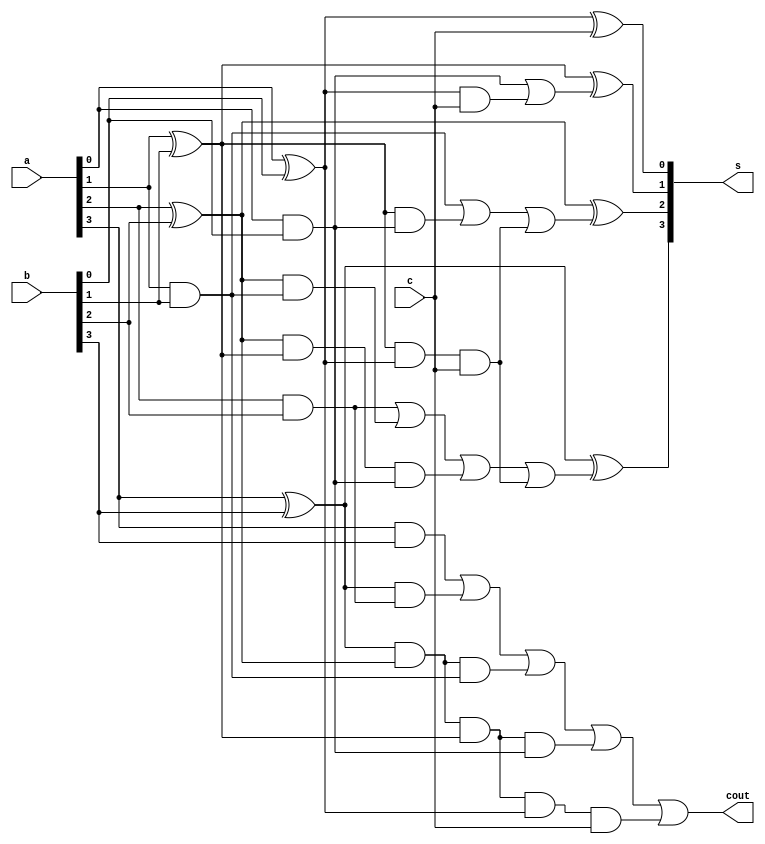
`timescale 1ns / 1ps
//////////////////////////////////////////////////////////////////////////////////
// Company: 
// Engineer: 
// 
// Design Name: 
// Module Name:    carrry_look_ahead 
// Project Name: 
// Target Devices: 
// Tool versions: 
// Description: 
//
// Dependencies: 
//
// Revision: 
// Revision 0.01 - File Created
// Additional Comments: 
//
//////////////////////////////////////////////////////////////////////////////////
module carrry_look_ahead(
    input [3:0] a,
    input [3:0] b,
    input c,
    output [3:0] s,
    output cout
    );
wire p0,p1,p2,p3,g0,g1,g2,g3,c1,c2,c3,c4;

assign #2 p0=(a[0]^b[0]),
       p1=(a[1]^b[1]),
       p2=(a[2]^b[2]),
       p3=(a[3]^b[3]);
		 
assign #2 g0=(a[0]&b[0]),
       g1=(a[1]&b[1]),
       g2=(a[2]&b[2]),
       g3=(a[3]&b[3]);
		 
assign #2 c0=c,
       c1=g0|(p0&c),
       c2=g1|(p1&g0)|(p1&p0&c),
       c3=g2|(p2&g1)|(p2&p1&g0)|(p1&p1&p0&c),
       c4=g3|(p3&g2)|(p3&p2&g1)|(p3&p2&p1&g0)|(p3&p2&p1&p0&c);
		 
assign #2 s[0]=p0^c0,
       s[1]=p1^c1,
       s[2]=p2^c2,
       s[3]=p3^c3;
		 
assign cout=c4;

endmodule